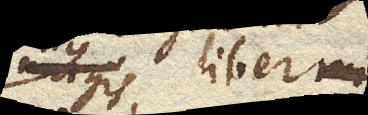
minus liber